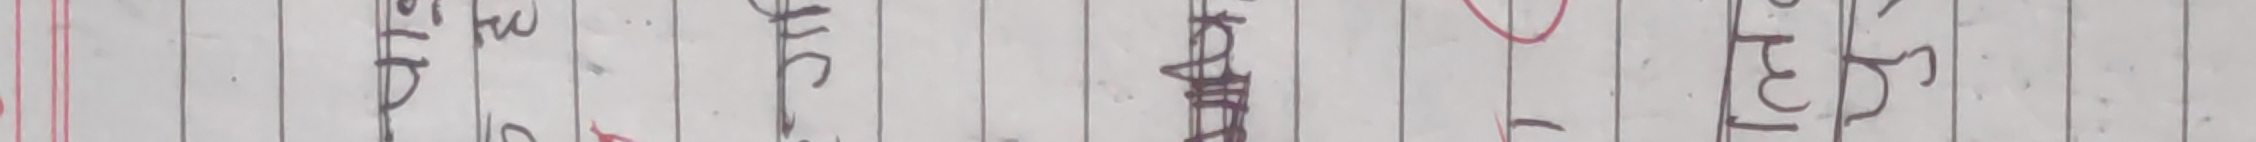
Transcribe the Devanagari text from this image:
भुतल हो